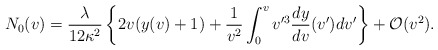
\begin{align*} N_{0}(v)=\frac{\lambda}{12\kappa^2}\left\{2v(y(v)+1)+\frac{1}{v^2}\int_0^vv'^3\frac{dy}{dv}(v')dv'\right\}+\mathcal{O}(v^2).\end{align*}